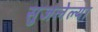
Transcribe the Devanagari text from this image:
सुजलेल्या